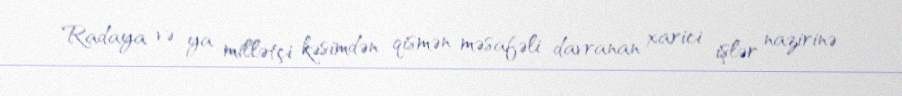
Radaya və ya millətçi kəsimdən qismən məsafəli davranan xarici işlər nazirinə